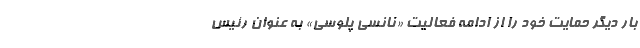
بار دیگر حمایت خود را از ادامه فعالیت «نانسی پلوسی» به عنوان رئیس